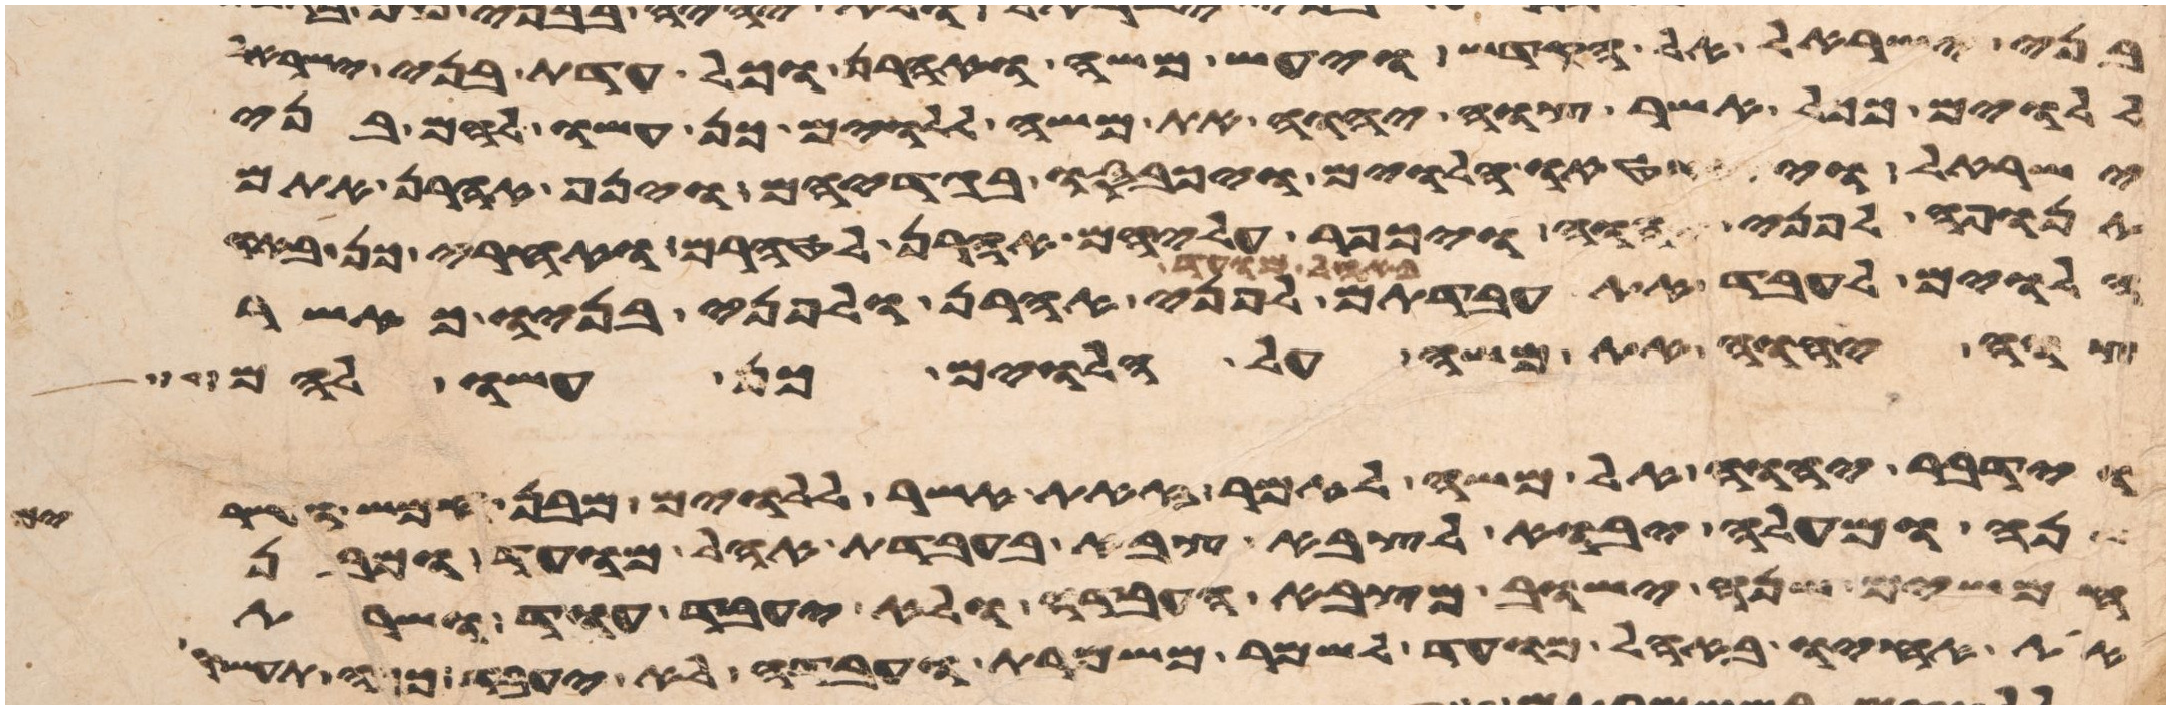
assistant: בני ישראל אל הקדש ויעש משה ואהרן וכל עדת בני ישראל
ללוים ככל אשר צוה יהוה את משה ללוים כן עשו להם בני
ישראל ויתחטאו הלוים ויכבסו בגדיהם וינף אהרן אתם
תנופה לפני יהוה ויכפר עליהם אהרן לטהרם ואחרי כן באו
הלוים לעבד את עבדתם באהל מועד לפני אהרן ולפני בניו כאשר
צוה יהוה את משה על הלוים כן עשו להם
וידבר יהוה אל משה לאמר זאת אשר ללוים מבן חמש ועשרים
שנה ומעלה יבוא לצבא צבא בעבדת אהל מועד ומבן
חמשים שנה ישוב מצבא העבדה ולא יעבד עוד ושרת
את אחיו באהל מועד לשמר משמרת ועבדה לא יעבד ככה תעשו